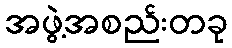
အဖွဲ့အစည်းတခု